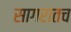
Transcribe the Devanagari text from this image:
सागरातच